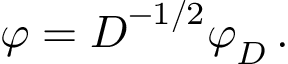
\boldsymbol \varphi = \boldsymbol D ^ { - 1 / 2 } \boldsymbol \varphi _ { D } \, .